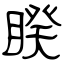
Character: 睽